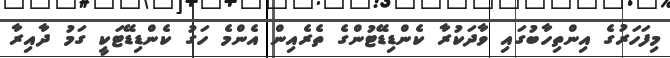
މިފަހަރުގެ އިންތިހާބުގައި ވާދަކުރާ ކެންޑިޑޭޓުންގެ ތެރެއިން އެންމެ ހަގު ކެންޑިޑޭޓަކީ ގަމު ދާއިރާ